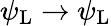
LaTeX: \psi_{\mathrm{{L}}}\rightarrow\psi_{\mathrm{{L}}}